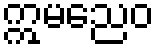
ဣမညေဝ